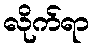
လိုက်ရာ